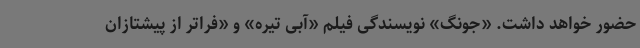
حضور خواهد داشت. «جونگ» نویسندگی فیلم «آبی تیره» و «فراتر از پیشتازان